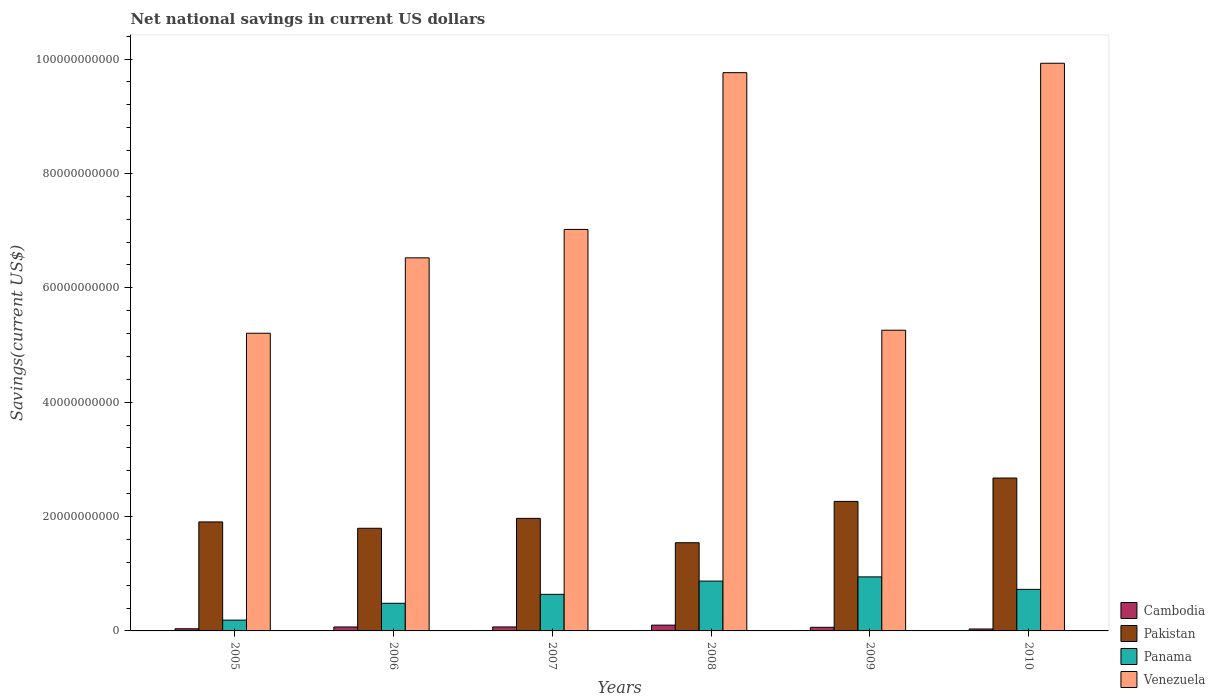
| Years | Cambodia | Pakistan | Panama | Venezuela |
 | --- | --- | --- | --- | --- |
 | 2005 | 3.74e+08 | 1.91e+10 | 1.89e+09 | 5.2e+10 |
 | 2006 | 6.89e+08 | 1.79e+10 | 4.83e+09 | 6.52e+10 |
 | 2007 | 6.94e+08 | 1.97e+10 | 6.4e+09 | 7.02e+10 |
 | 2008 | 1.01e+09 | 1.54e+10 | 8.71e+09 | 9.76e+10 |
 | 2009 | 6.31e+08 | 2.26e+10 | 9.45e+09 | 5.26e+10 |
 | 2010 | 3.38e+08 | 2.67e+10 | 7.27e+09 | 9.93e+10 |